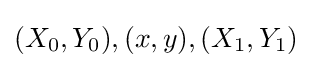
(X_{0},Y_{0}),(x,y),(X_{1},Y_{1})